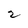
Character: 2